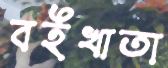
বইখাতা